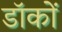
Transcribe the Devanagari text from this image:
डॉकों